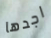
اجدها